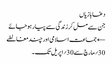
دغابازیاں
جن سے مل کر زندگی سے پیار ہو جائے
← جماعت اسلامی اور چند مغالطے
30؍مارچ سے 30؍اپریل تک۔